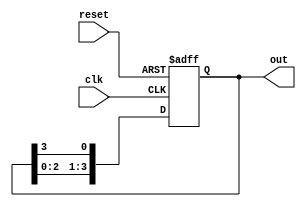
module binary_ring_counter (
    input wire clk,          // Clock input
    input wire reset,        // Reset input
    output reg [N-1:0] out   // Output of the counter
);
    parameter N = 4;         // Number of flip-flops (states)

    // Initial state for the ring counter
    initial begin
        out = 1'b1;          // Initialize to 0001 for a 4-bit counter
    end

    always @(posedge clk or posedge reset) begin
        if (reset) begin
            out <= 1'b1;     // Reset to initial state (0001)
        end else begin
            // Shift the '1' to the left
            out <= {out[N-2:0], out[N-1]}; // Rotate left
        end
    end
endmodule